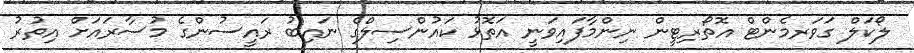
ލޯކަލް ގަވަރމެންޓް އޮތޯރިޓީން ނިންމާފައިވަނީ އަތޮޅު ކައުންސިލްގެ ނައިބު ރައީސުންގެ މުސާރައަށް އިތުރު